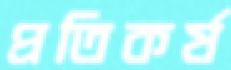
প্রতিকর্ষ